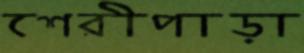
শেরীপাড়া